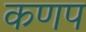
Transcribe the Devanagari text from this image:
कणप